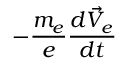
- \frac { m _ { e } } { e } \frac { d \vec { V } _ { e } } { d t }